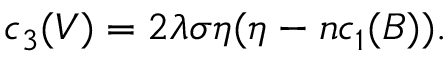
c _ { 3 } ( V ) = 2 \lambda \sigma \eta ( \eta - n c _ { 1 } ( B ) ) .